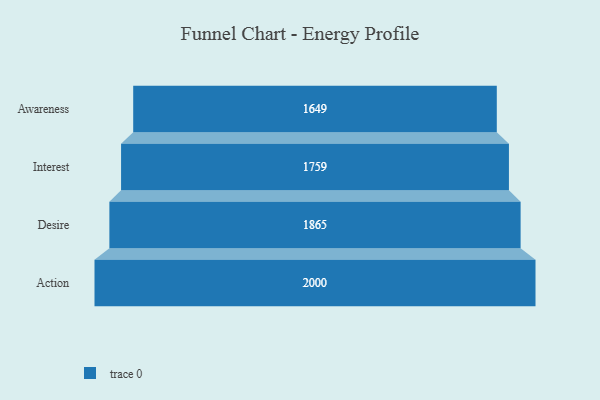
{"axis": {"x": "Stage", "y": "Value"}, "legend": [""], "data": [{"x": "Awareness", "y": 1649.0, "type": ""}, {"x": "Interest", "y": 1759.0, "type": ""}, {"x": "Desire", "y": 1865.0, "type": ""}, {"x": "Action", "y": 2000, "type": ""}]}